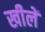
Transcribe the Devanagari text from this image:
खीलें